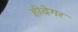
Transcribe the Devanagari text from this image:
हीदेगर